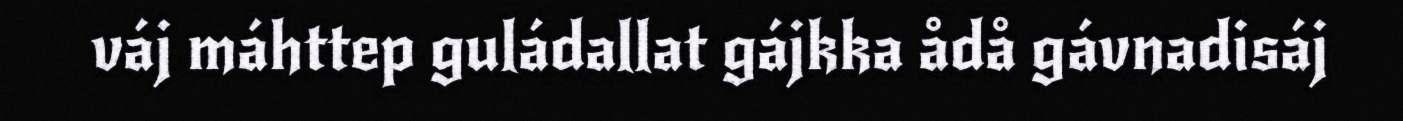
váj máhttep guládallat gájkka ådå gávnadisáj